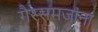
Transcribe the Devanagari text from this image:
गैरसमजांना